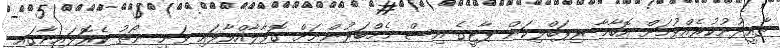
ތާއީދުނުކުރެއްވުމަށް އޮބާމާ ރިޕަބްލިކަން ޕާޓީގެ އިސް މެމްބަރުންނަށް ގޮވާލާއްވާފައި ވަނީ ނޯތު ކެރޮލައިނާގައި